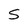
Character: S